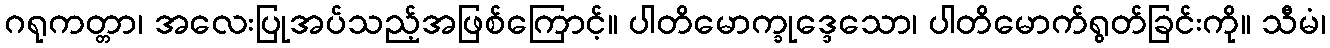
ဂရုကတ္တာ၊ အလေးပြုအပ်သည့်အဖြစ်ကြောင့်။ ပါတိမောက္ခုဒ္ဒေသော၊ ပါတိမောက်ရွတ်ခြင်းကို။ သီမံ၊